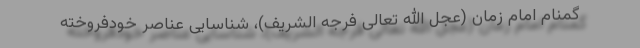
گمنام امام زمان (عجل الله تعالی فرجه الشریف)، شناسایی عناصر خودفروخته